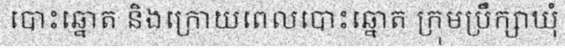
បោះឆ្នោត និងក្រោយពេលបោះឆ្នោត ក្រុមប្រឹក្សាឃុំ